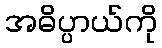
အဓိပ္ပာယ်ကို